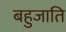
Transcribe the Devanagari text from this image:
बहुजाति